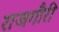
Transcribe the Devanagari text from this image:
राजगौरी